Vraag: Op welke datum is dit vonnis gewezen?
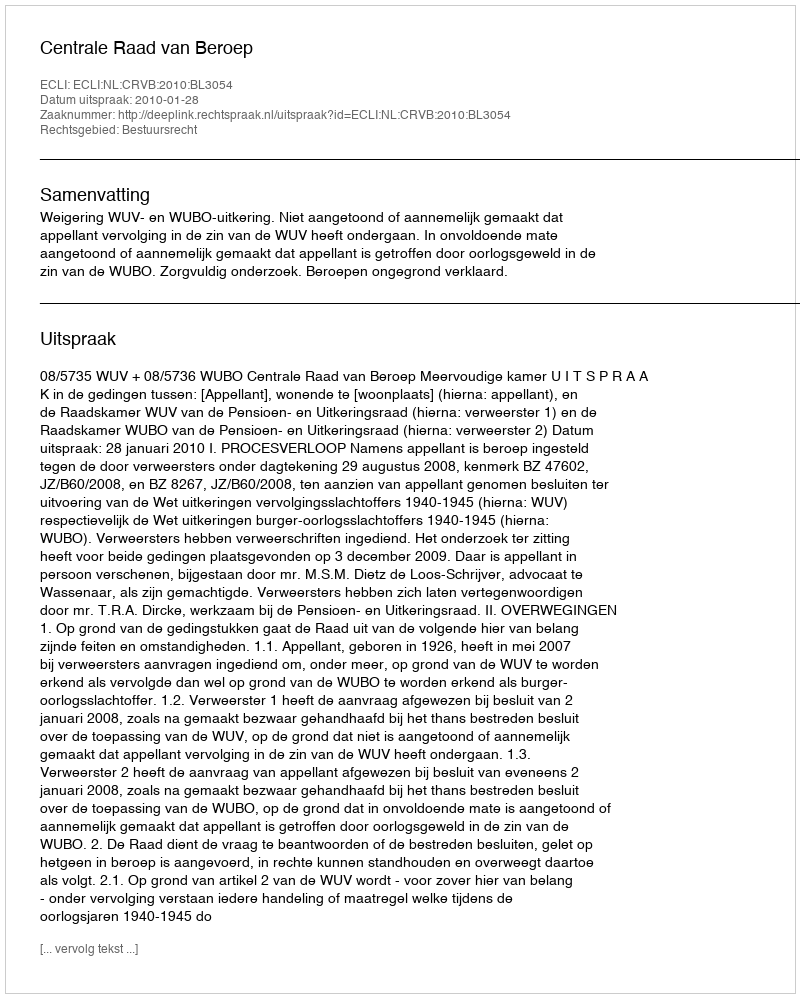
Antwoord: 2010-01-28